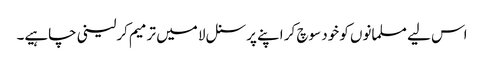
اس لیے مسلمانوں کو خود سوچ کر اپنے پرسنل لا میں ترمیم کرلینی چاہیے۔